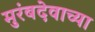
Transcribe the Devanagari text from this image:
मुरंबदेवाच्या